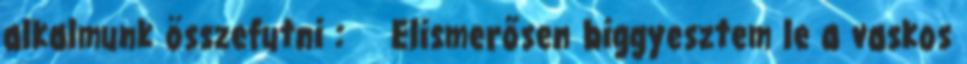
alkalmunk összefutni : Elismerősen biggyesztem le a vaskos